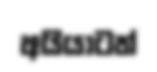
අයියාටත්